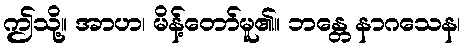
ဤသို့။ အာဟ၊ မိန့်တော်မူ၏။ ဘန္တေ နာဂသေန၊